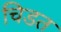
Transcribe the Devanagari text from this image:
चिडत